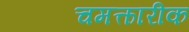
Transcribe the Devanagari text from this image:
चमत्कारीक